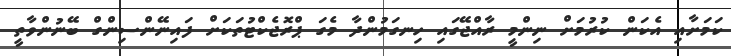
ކަމަށާއި އެކަން ކުރުމަށް ނިންމީ ރާއްޖޭގައި ހިނގަމުންދާ މެގަ ޕްރޮޖެކްޓުތަކަށް ފައިނޭންސިންގް ބޭނުންވާތީ